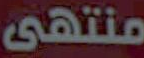
منتهى